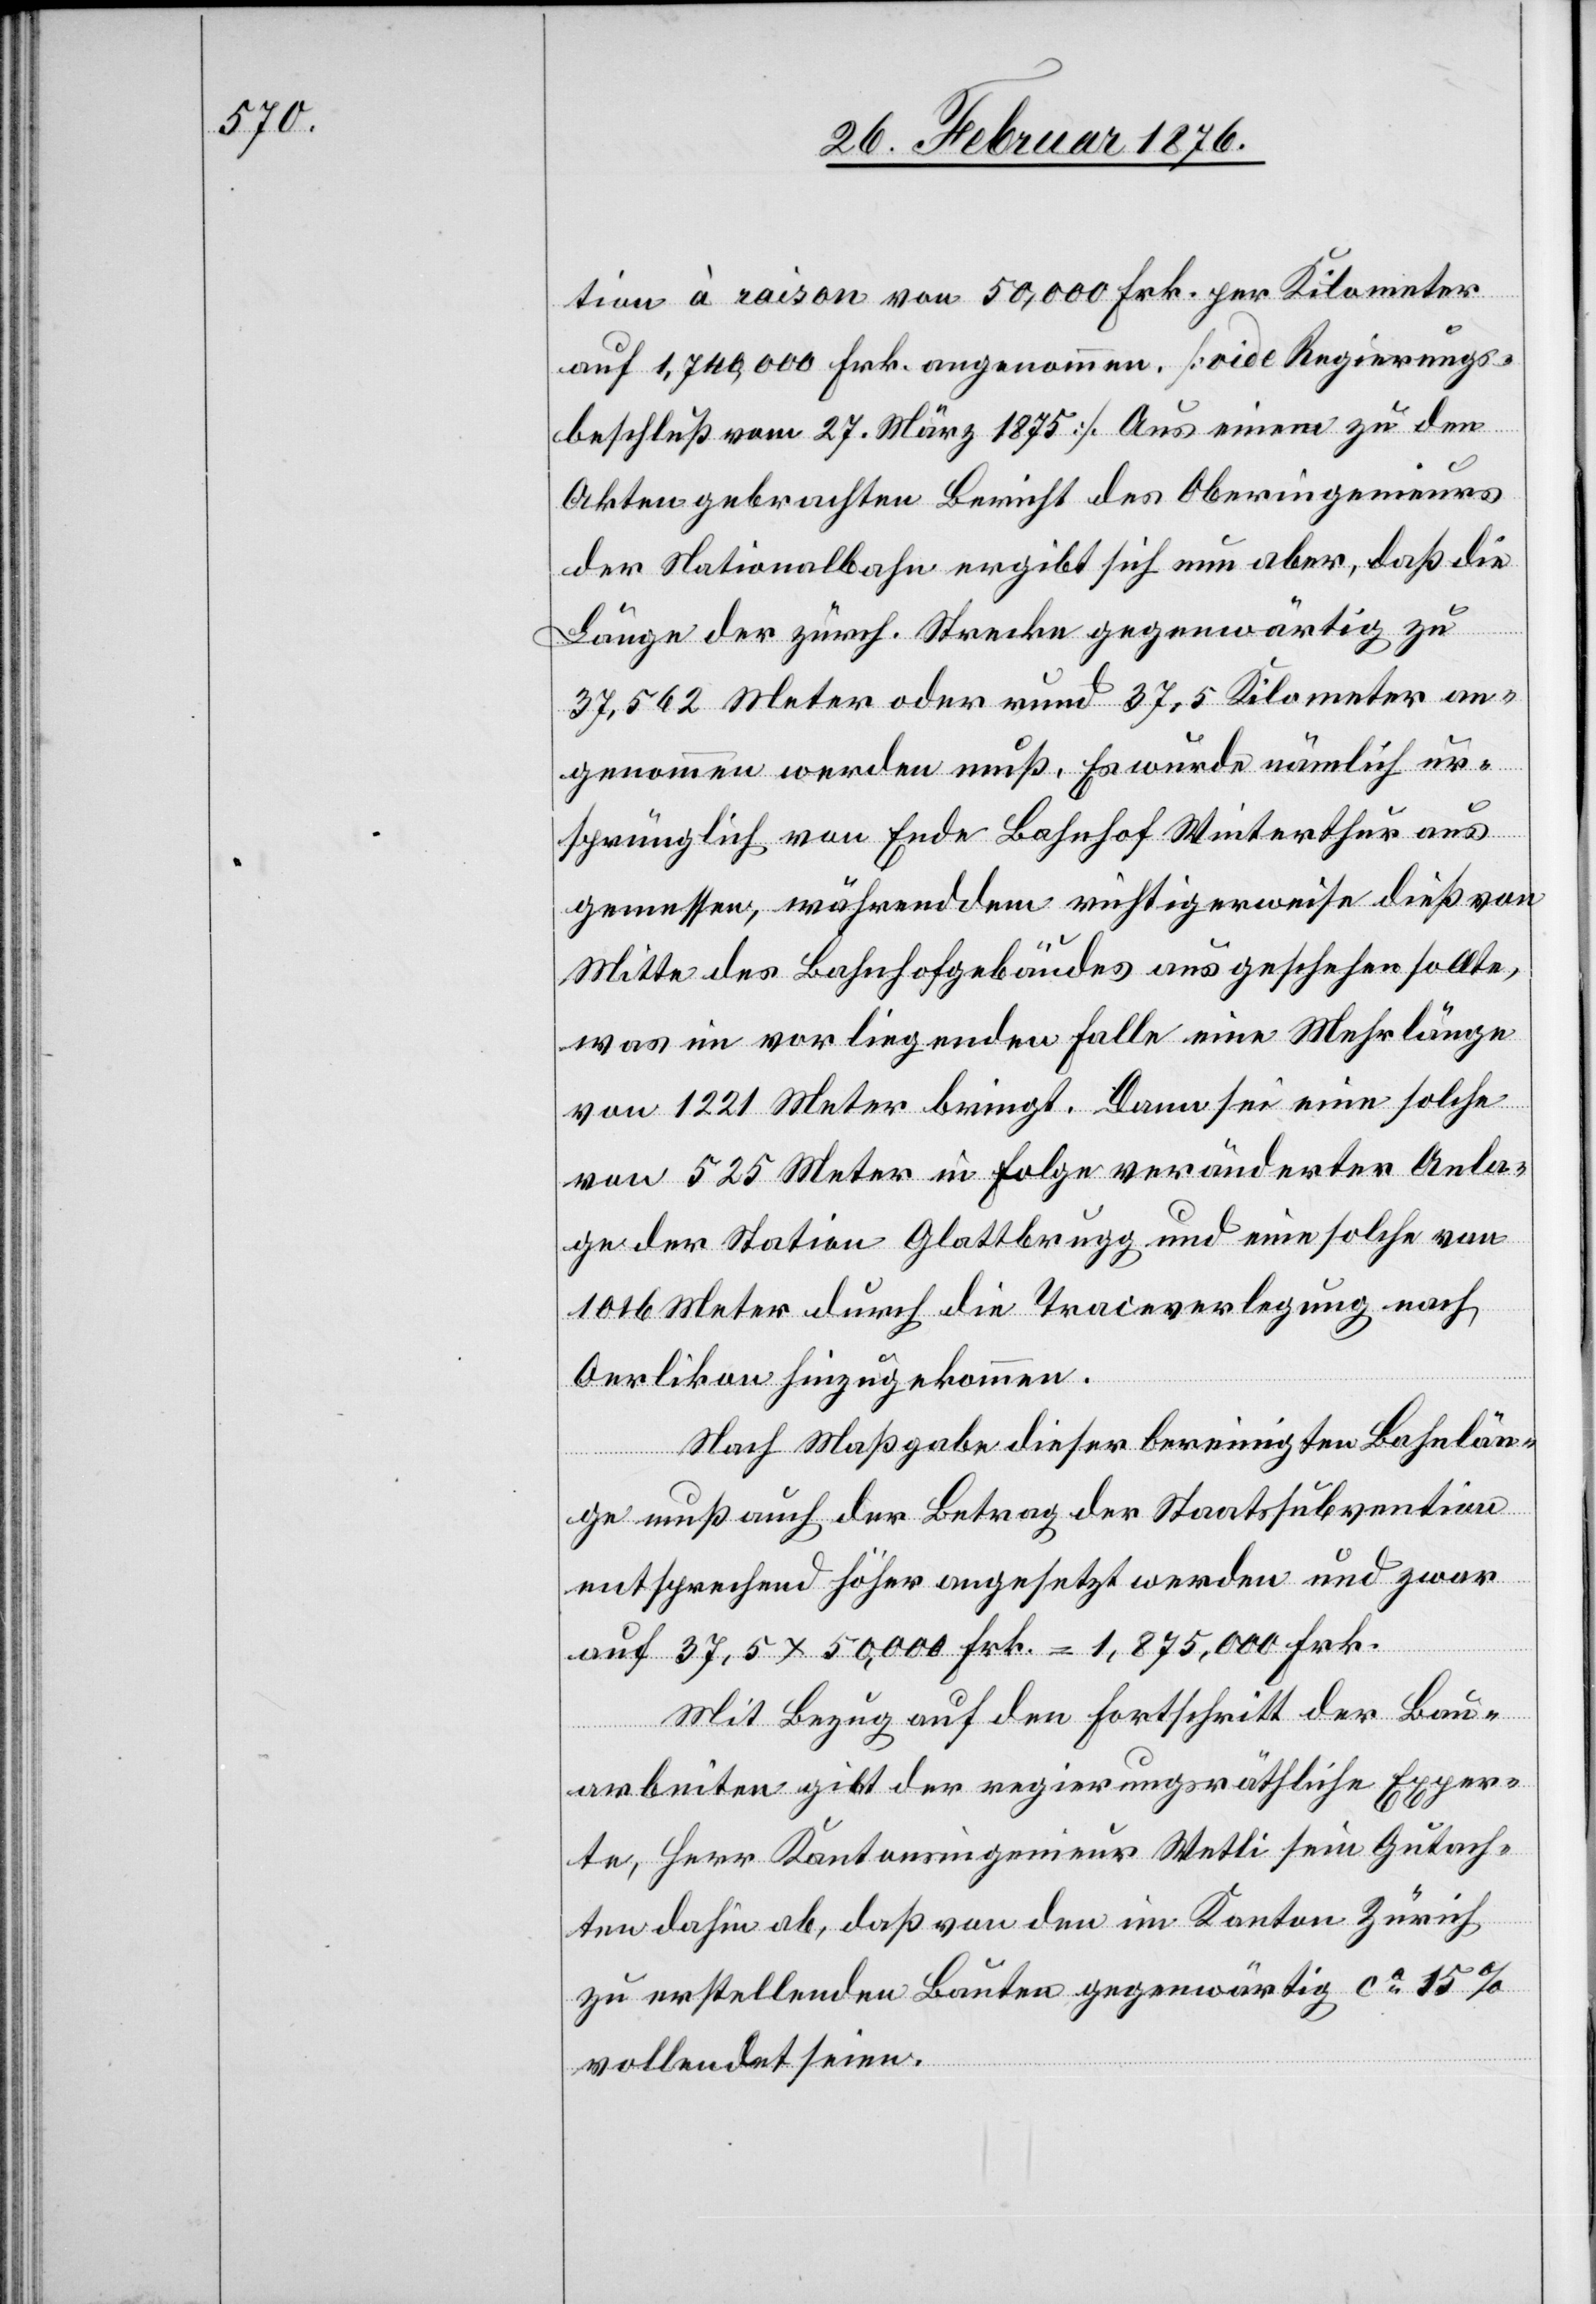
tion à raison von 50,000 Frk. per Kilometer
auf 1,740,000 Frk. angenommen. [vide Regierungs¬
beschluß vom 27. März 1875]. Aus einem zu den
Akten gebrachten Bericht des Oberingenieurs
der Nationalbahn ergibt sich nun aber, daß die
Länge der zürch. Strecke gegenwärtig zu
37,562 Meter oder rund 37,5 Kilometer an¬
genommen werden muß. Es wurde nämlich ur¬
sprünglich von Ende Bahnhof Winterthur aus
gemessen, währenddem richtigerweise dies von
Mitte des Bahnhofgebäudes aus geschehen sollte,
was im vorliegenden Falle eine Mehrlänge
von 1221 Meter bringt. Dann sei eine solche
von 525 Meter in Folge veränderter Anla¬
ge der Station Glattbrugg und eine solche von
1026 Meter durch die Traieverlegung nach
Oerlikon hinzugekommen.
Nach Maßgabe dieser bereinigten Bahnlän¬
ge muß auch der Betrag der Staatsubvention
entsprechend höher angesetzt werden und zwar
auf 37,5 x 50,000 Frk = 1,875,000 Frk.
Mit Bezug auf den Fortschritt der Bau¬
arbeiten gibt der regierungsräthliche Exper¬
te, Herr Kantonsingenieur Wetli sein Gutach¬
ten dahin ab, daß von den im Kanton Zürich
zu erstellenden Bauten gegenwärtig ca 15 %
vollendet seien.